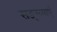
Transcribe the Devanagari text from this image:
सङ्ख्याएं